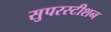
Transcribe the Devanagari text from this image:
सुपरस्टीशन